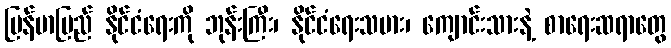
မြန်မာပြည် နိုင်ငံရေးကို ဘုန်းကြီး၊ နိုင်ငံရေးသမား၊ ကျောင်းသားနဲ့ စာရေးဆရာတွေ